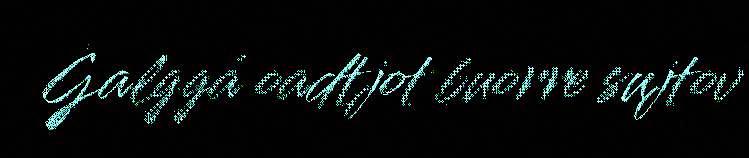
Galggá oadtjot buorre sujtov